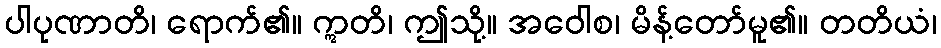
ပါပုဏာတိ၊ ရောက်၏။ ဣတိ၊ ဤသို့။ အဝေါစ၊ မိန့်တော်မူ၏။ တတိယံ၊